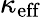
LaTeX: \kappa_{\mathrm{eff}}